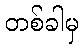
တစ်ခါမှ